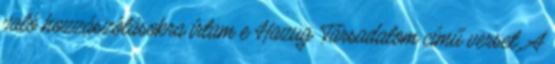
való hozzászólásokra írtam e Hazug Társadalom című verset. A